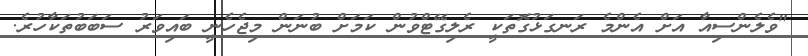
"ވެލެންސިއާ އަށް އެންމެ ރަނގަޅުގޮތަކީ ރެލިގޭޓްވުން ކަމަށް ބުނަން މިޖެހެނީ ބައިވަރު ސަބަބުތަކާހުރެ.